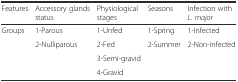
<table><thead><tr><td><b>Features</b></td><td><b>Accessory glands status</b></td><td><b>Physiological stages</b></td><td><b>Seasons</b></td><td><b>Infection with <i>L. major</i></b></td></tr></thead><tbody><tr><td rowspan="4">Groups</td><td>1-Parous</td><td>1-Unfed</td><td>1-Spring</td><td>1-Infected</td></tr><tr><td>2-Nulliparous</td><td>2-Fed</td><td>2-Summer</td><td>2-Non-infected</td></tr><tr><td></td><td>3-Semi-gravid</td><td></td><td></td></tr><tr><td></td><td>4-Gravid</td><td></td><td></td></tr></tbody></table>